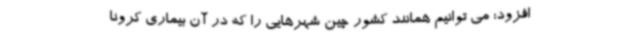
افزود: می توانیم همانند کشور چین شهرهایی را که در آن بیماری کرونا